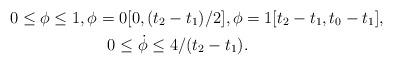
LaTeX: \begin{align*}& 0 \leq \phi \leq 1, \phi = 0 [0,(t_{2} - t_{1})/2], \phi = 1 [t_{2}-t_{1},t_{0}-t_{1}], \\& \qquad\qquad\qquad0 \leq \dot{\phi} \leq 4/(t_{2} - t_{1}).\end{align*}